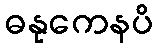
ဓနုကေနပိ